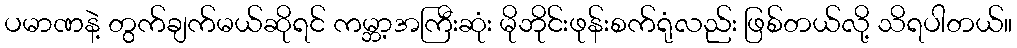
ပမာဏနဲ့ တွက်ချက်မယ်ဆိုရင် ကမ္ဘာ့အကြီးဆုံး မိုဘိုင်းဖုန်းစက်ရုံလည်း ဖြစ်တယ်လို့ သိရပါတယ်။